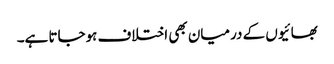
بھائیوں کے درمیان بھی اختلاف ہوجاتا ہے۔